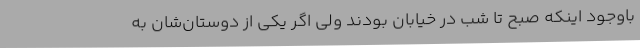
باوجود اینکه صبح تا شب در خیابان بودند ولی اگر یکی از دوستان‌شان به